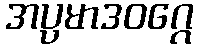
အပ္ပမာဒဝဂ္ဂေ